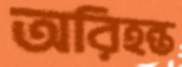
অরিহন্ত